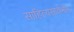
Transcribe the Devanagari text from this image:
साहित्यसार्वभौम